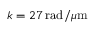
k = 2 7 \, \mathrm { r a d } / \mu \mathrm { m }